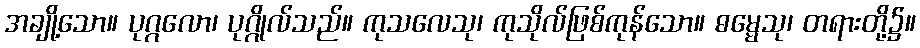
အချို့သော။ ပုဂ္ဂလော၊ ပုဂ္ဂိုလ်သည်။ ကုသလေသု၊ ကုသိုလ်ဖြစ်ကုန်သော။ ဓမ္မေသု၊ တရားတို့၌။